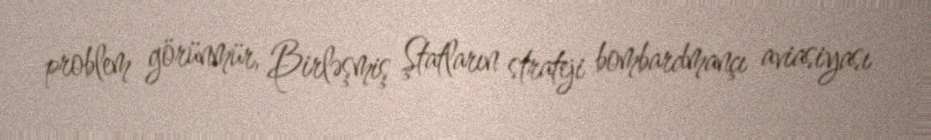
problem görünmür, Birləşmiş Ştatların strateji bombardmançı aviasiyası